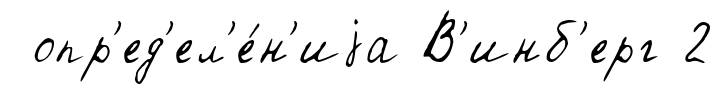
опр'ед'ел'е́н'иjа В'инб'ерг 2